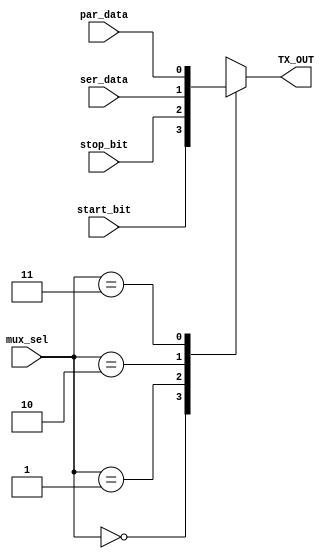
module MUX (

//Input Ports

input   wire   [1:0]    mux_sel,
input   wire            start_bit,stop_bit,ser_data,par_data,

//Output Ports

output  reg   TX_OUT

);



always@(*)
begin

case(mux_sel)

2'b00: TX_OUT = start_bit;
2'b01: TX_OUT = stop_bit;
2'b10: TX_OUT = ser_data;
2'b11: TX_OUT = par_data;

endcase

end

endmodule